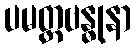
ပမတ္တဗန္ဓုနာ